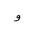
Letter: _waw